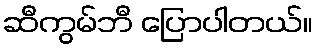
ဆီကွမ်ဘီ ပြောပါတယ်။